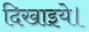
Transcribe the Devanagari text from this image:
दिखाइये।